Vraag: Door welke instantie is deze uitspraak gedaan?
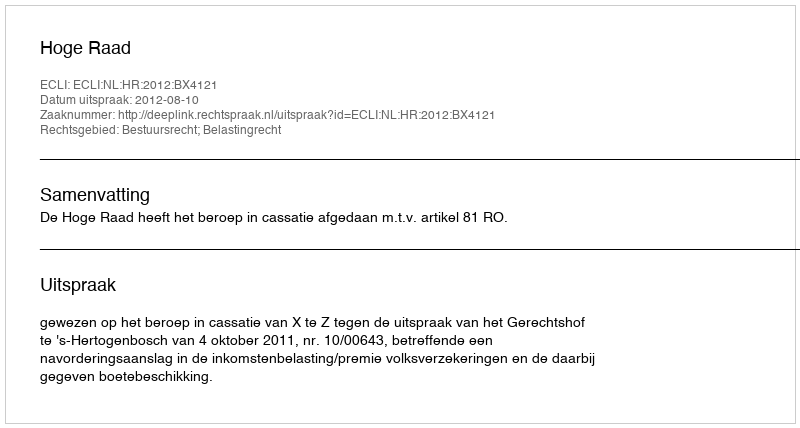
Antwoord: Hoge Raad